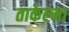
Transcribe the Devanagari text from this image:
ताकेल्मा